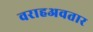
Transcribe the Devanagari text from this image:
वराहअवतार